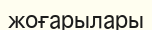
жоғарылары